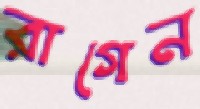
রাগেন